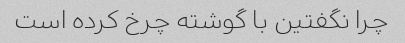
چرا نگفتین با گوشته چرخ کرده است